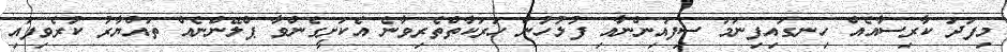
މިފަދަ ކާރިސާއެއް ހިނގައިފިނަމަ ސިފައިންނާއި ފުލުހުން ހަރަކާތްތެރިވާނެ އެކަށީގެންވާ ޕްލޭންނެއް ތައްޔާރު ކުރެވިފައި